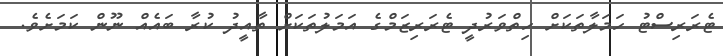
ޓެރަރިސްޓު ހަމަލާތަކަށް ހިތްވަރުދީ ޓެރަރިޒަމްގެ އަމަލުތަކަށް ތާއީދު ކުރާ ބައެއް ނޫން ކަމަށެވެ.